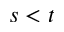
s < t